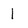
Character: 1